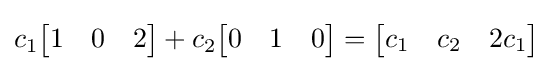
c_{1}{\begin{bmatrix}1&0&2\end{bmatrix}}+c_{2}{\begin{bmatrix}0&1&0\end{bmatrix}}={\begin{bmatrix}c_{1}&c_{2}&2c_{1}\end{bmatrix}}